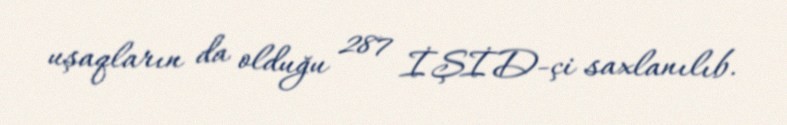
uşaqların da olduğu 287 İŞİD-çi saxlanılıb.